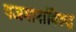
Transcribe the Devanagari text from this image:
यजमानांविरुद्ध